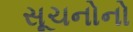
સૂચનોનો